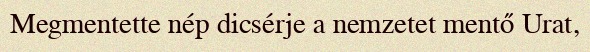
Megmentette nép dicsérje a nemzetet mentő Urat,